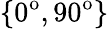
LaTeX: \{ 0^{\mathrm{o}},90^{\mathrm{o}}\}